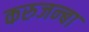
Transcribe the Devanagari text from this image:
करुजन्बा